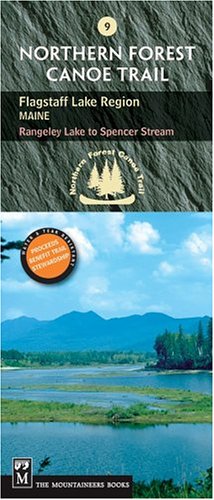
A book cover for Northern Forest Canoe Trail Flagstaff Lake Region, Maine: Rangeley Lake To Spencer Stream (Northern Forest Canoe Trail Maps); NFCT Organization; Travel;